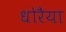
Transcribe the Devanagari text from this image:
धोरैया